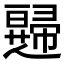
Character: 𱜹